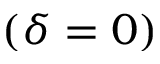
( \delta = 0 )